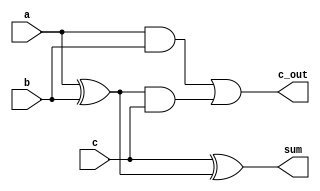
module onebitfulladder_gate(a,b,c,c_out,sum);
    input a, b, c;
    output c_out,sum;
    wire xor1, xor2, and1, and2, or1;
    xor x1(xor1,a,b);
    xor x2(sum,c,xor1);
    and a1(and1,a,b);
    and a2(and2,xor1,c);
    or o(c_out,and1,and2);
endmodule

module testbench;
    reg a, b, c;
    wire c_out, sum;
    onebitfulladder_gate adder(a,b,c,c_out,sum);
    initial
        begin
            $monitor(,$time,"a=%1b, b=%1b, c=%1b, c_out=%1b, sum=%1b, ",a,b,c,c_out,sum);
            #0 a=1'b0; b=1'b0; c=1'b0;
            #5 a=1'b0; b=1'b0; c=1'b1;
            #5 a=1'b0; b=1'b1; c=1'b0;
            #5 a=1'b0; b=1'b1; c=1'b1;
            #5 a=1'b1; b=1'b0; c=1'b0;
            #5 a=1'b1; b=1'b0; c=1'b1;
            #5 a=1'b1; b=1'b1; c=1'b0;
            #5 a=1'b1; b=1'b1; c=1'b1;
        end
endmodule